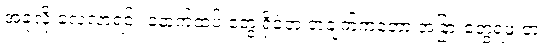
အခုလို လေ့လာရင်း နောက်ထပ် တွေ့ရှိခဲ့တဲ့ တချက်ကတော့ အခြားတွေ့ရဖူးတဲ့